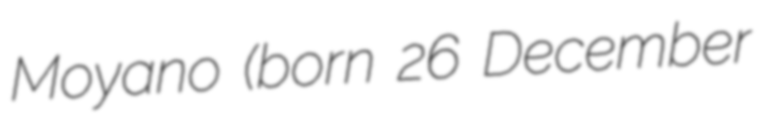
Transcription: Moyano (born 26 December